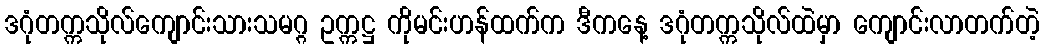
ဒဂုံတက္ကသိုလ်ကျောင်းသားသမဂ္ဂ ဥက္ကဋ္ဌ ကိုမင်းဟန်ထက်က ဒီကနေ့ ဒဂုံတက္ကသိုလ်ထဲမှာ ကျောင်းလာတက်တဲ့